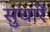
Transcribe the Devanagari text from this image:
सुधारें